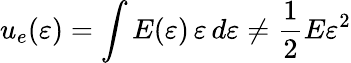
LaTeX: u_{e}(\varepsilon)=\int E(\varepsilon)\, \varepsilon\, d\varepsilon\neq{\frac{1}{2}}E\varepsilon^{2}